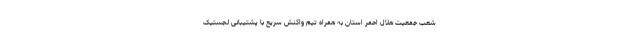
شعب جمعیت هلال احمر استان به همراه تیم واکنش سریع با پشتیبانی لجستیک